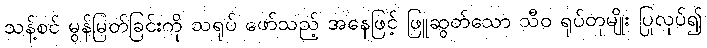
သန့်စင် မွန်မြတ်ခြင်းကို သရုပ် ဖော်သည့် အနေဖြင့် ဖြူဆွတ်သော သီဝ ရုပ်တုမျိုး ပြုလုပ်၍